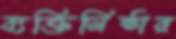
ব্যক্তিনিষ্ঠার